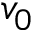
v _ { 0 }